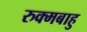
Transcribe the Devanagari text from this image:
रुक्मबाहु